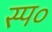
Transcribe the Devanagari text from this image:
स्प०